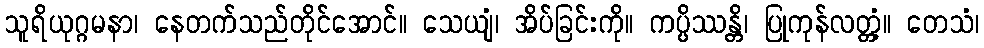
သူရိယုဂ္ဂမနာ၊ နေတက်သည်တိုင်အောင်။ သေယျံ၊ အိပ်ခြင်းကို။ ကပ္ပိဿန္တိ၊ ပြုကုန်လတ္တံ့။ တေသံ၊